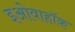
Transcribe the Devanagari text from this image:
इओवाहॉक